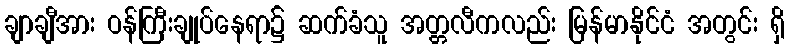
ချာချီအား ဝန်ကြီးချုပ်နေရာ၌ ဆက်ခံသူ အတ္တလီကလည်း မြန်မာနိုင်ငံ အတွင်း ရှိ